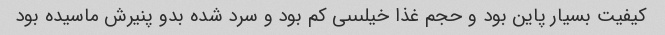
کیفیت بسیار پاین بود و حجم غذا خیلىىىى کم بود و سرد شده بدو پنیرش ماسیده بود